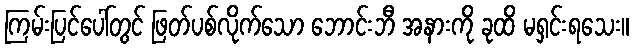
ကြမ်းပြင်ပေါ်တွင် ဖြတ်ပစ်လိုက်သော ဘောင်းဘီ အနားကို ခုထိ မရှင်းရသေး။